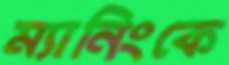
ম্যানিংকে